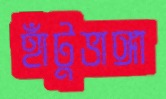
হাঁটুভাঙ্গা